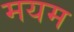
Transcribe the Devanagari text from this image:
मयम